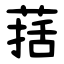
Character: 葀